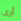
أرى